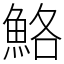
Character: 鮥